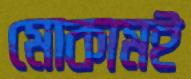
মোকামই